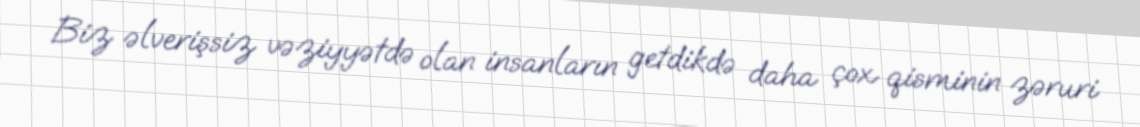
Biz əlverişsiz vəziyyətdə olan insanların getdikdə daha çox qisminin zəruri